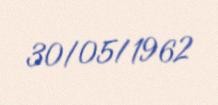
30/05/1962